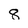
Character: 8